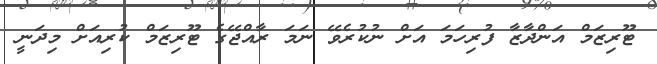
ޓޫރިޒަމް އަންދާޒާ ފުރިހަމަ އަށް ނުކުރެވޭ ނަމަ ރާއްޖޭގެ ޓޫރިޒަމް ކުރިއަށް މިދަނީ